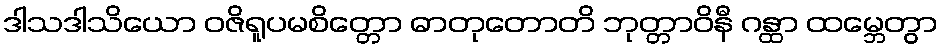
ဒါသဒါသိယော ဝဇိရူပမစိတ္တော ဓာတုတောတိ ဘုတ္တာဝိနီ ဂန္ထာ ထမ္ဘေတွာ